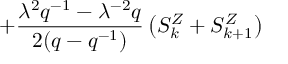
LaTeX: + \frac { { \lambda } ^ { 2 } q ^ { - 1 } - { \lambda } ^ { - 2 } q } { 2 ( q - q ^ { - 1 } ) } \left( S _ { k } ^ { Z } + S _ { k + 1 } ^ { Z } \right) \,